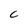
Character: c